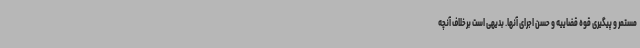
مستمر و پیگیری قوه قضاییه و حسن اجرای آنها. بدیهی است برخلاف آنچه